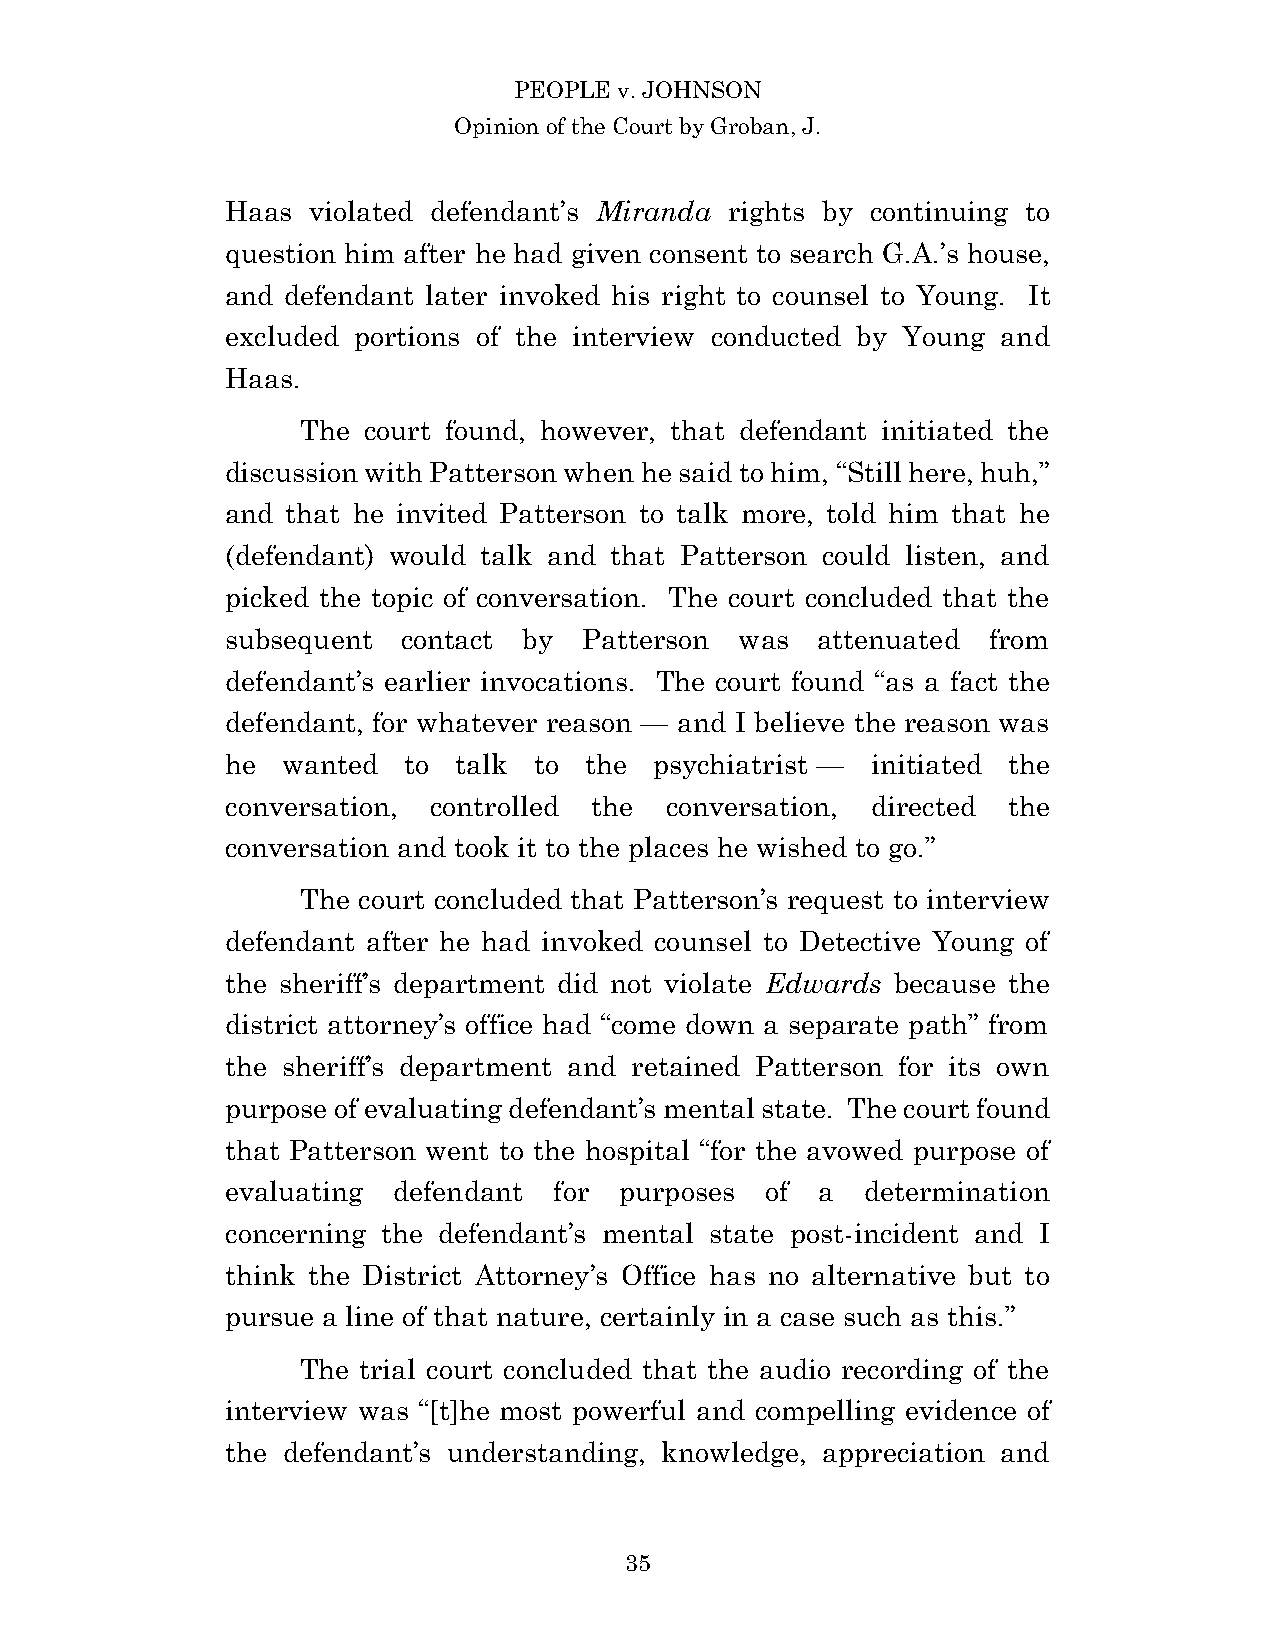
PEOPLE v. JOHNSON
 Opinion of the Court by Groban, J.
 Haas violated defendant’s Miranda rights by continuing to
 question him after he had given consent to search G.A.’s house,
 and defendant later invoked his right to counsel to Young. It
 excluded portions of the interview conducted by Young and
 Haas.
 The court found, however, that defendant initiated the
 discussion with Patterson when he said to him, “Still here, huh,”
 and that he invited Patterson to talk more, told him that he
 (defendant) would talk and that Patterson could listen, and
 picked the topic of conversation. The court concluded that the
 subsequent  contact by  Patterson was  attenuated from
 defendant’s earlier invocations. The court found “as a fact the
 defendant, for whatever reason — and I believe the reason was
 he  wanted  to talk to  the psychiatrist — initiated the
 conversation, controlled the conversation, directed the
 conversation and took it to the places he wished to go.”
 The court concluded that Patterson’s request to interview
 defendant after he had invoked counsel to Detective Young of
 the sheriff’s department did not violate Edwards because the
 district attorney’s office had “come down a separate path” from
 the sheriff’s department and retained Patterson for its own
 purpose of evaluating defendant’s mental state. The court found
 that Patterson went to the hospital “for the avowed purpose of
 evaluating defendant  for purposes  of a  determination
 concerning the defendant’s mental state post-incident and I
 think the District Attorney’s Office has no alternative but to
 pursue a line of that nature, certainly in a case such as this.”
 The trial court concluded that the audio recording of the
 interview was “[t]he most powerful and compelling evidence of
 the defendant’s understanding, knowledge, appreciation and
 3 5